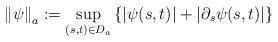
LaTeX: \begin{align*}\left\| \psi \right\|_a:=\underset{(s,t)\in D_a}\sup\left\{|\psi(s,t)|+|\partial_s \psi(s,t)| \right\}\end{align*}